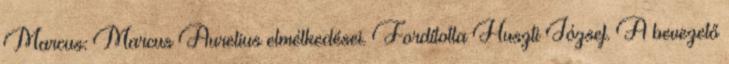
Marcus: Marcus Aurelius elmélkedései. Fordította Huszti József. A bevezető